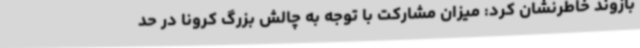
بازوند خاطرنشان کرد: میزان مشارکت با توجه به چالش بزرگ کرونا در حد